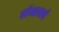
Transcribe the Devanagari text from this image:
डॉक्टराने